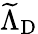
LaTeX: \widetilde{\Lambda}_{\mathrm{{D}}}